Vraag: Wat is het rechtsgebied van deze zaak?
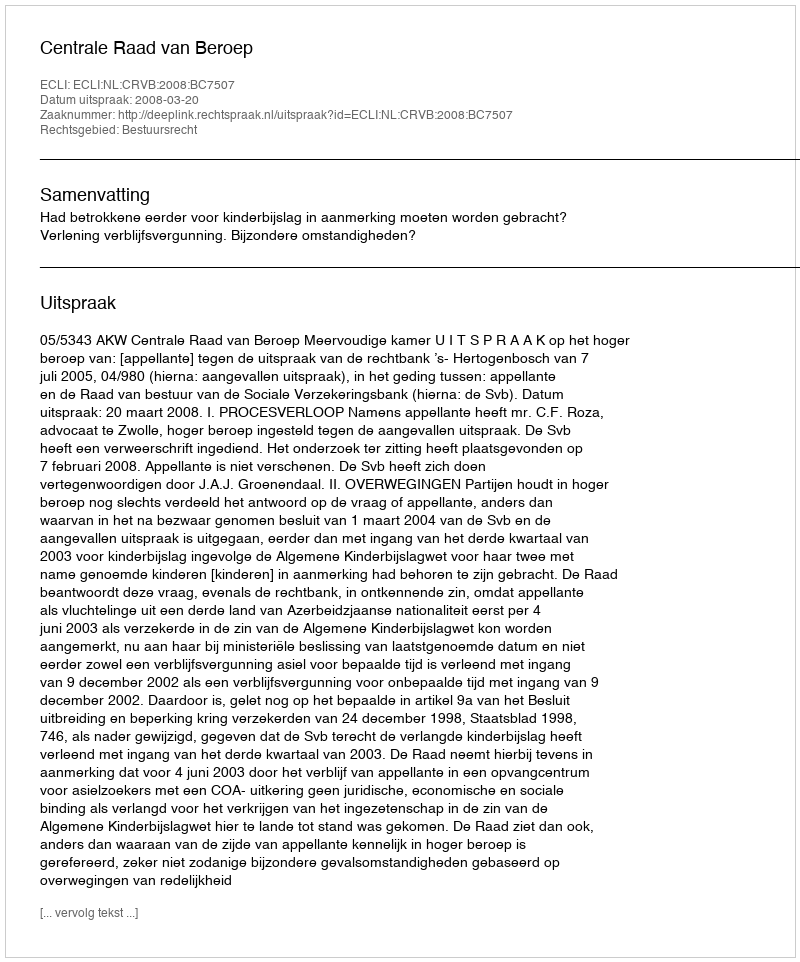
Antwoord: Bestuursrecht